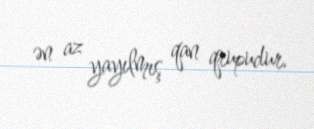
ən az yayılmış qan qrupudur.